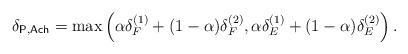
LaTeX: \begin{align*}\delta_{\mathsf{P,Ach}} = \max\left(\alpha\delta_F^{(1)} + (1-\alpha)\delta_F^{(2)}, \alpha\delta_E^{(1)} + (1-\alpha)\delta_E^{(2)}\right).\end{align*}